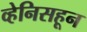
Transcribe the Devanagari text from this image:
व्हेनिसहून